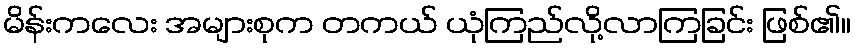
မိန်းကလေး အများစုက တကယ် ယုံကြည်လို့လာကြခြင်း ဖြစ်၏။